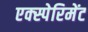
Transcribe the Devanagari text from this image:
एक्स्पेरिमेंट